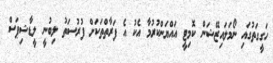
ހަގީގަތުގައި ނޯމަލައިޒޭޝަން ކޮމިޓީ އައްޔަންކުރުމާ އެކު އެ ފަރާތްތަކަށް ފުރުސަތު ލިބުނީ ލީޑާޝިޕަސް